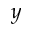
y